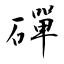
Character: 磾